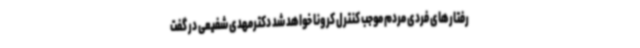
رفتارهای فردی مردم موجب کنترل کرونا خواهد شد دکترمهدی شفیعی در گفت